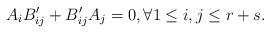
LaTeX: \begin{align*}A_iB'_{ij}+B'_{ij}A_j=0,\forall 1\leq i,j\leq r+s.\end{align*}